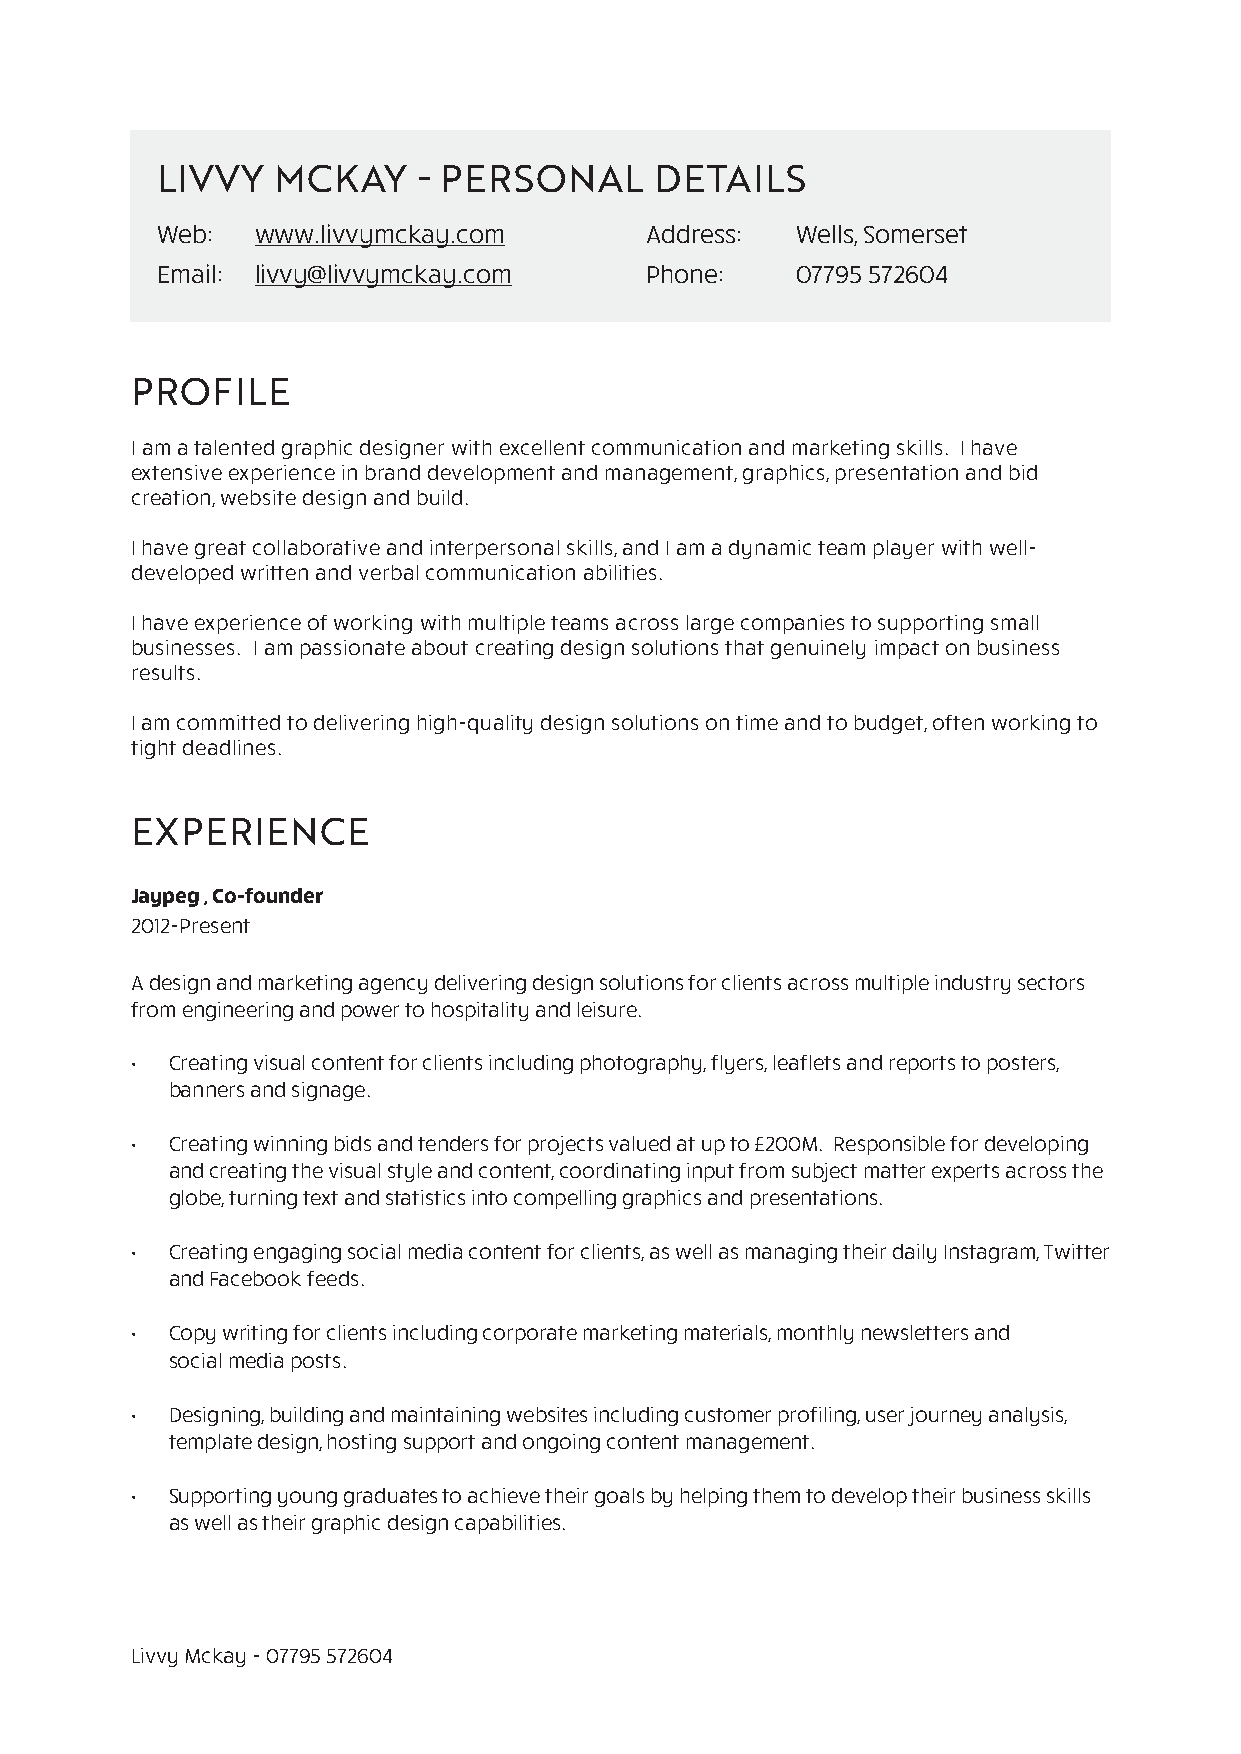
LIVVY   MCKAY     - PERSONAL     DETAILS
 Web:   www.livvymckay.com        Address:  Wells, Somerset
 Email: livvy@livvymckay.com      Phone:    07795 572604
 PROFILE
 I am a talented graphic designer with excellent communication and marketing skills. I have
 extensive experience in brand development and management, graphics, presentation and bid
 creation, website design and build.
 I have great collaborative and interpersonal skills, and I am a dynamic team player with well-
 developed written and verbal communication abilities.
 I have experience of working with multiple teams across large companies to supporting small
 businesses. I am passionate about creating design solutions that genuinely impact on business
 results.
 I am committed to delivering high-quality design solutions on time and to budget, often working to
 tight deadlines.
 EXPERIENCE
 Jaypeg , Co-founder
 2012-Present
 A design and marketing agency delivering design solutions for clients across multiple industry sectors
 from engineering and power to hospitality and leisure.
 • Creating visual content for clients including photography, flyers, leaflets and reports to posters,
 banners and signage.
 • Creating winning bids and tenders for projects valued at up to £200M. Responsible for developing
 and creating the visual style and content, coordinating input from subject matter experts across the
 globe, turning text and statistics into compelling graphics and presentations.
 • Creating engaging social media content for clients, as well as managing their daily Instagram, Twitter
 and Facebook feeds.
 • Copy writing for clients including corporate marketing materials, monthly newsletters and
 social media posts.
 • Designing, building and maintaining websites including customer profiling, user journey analysis,
 template design, hosting support and ongoing content management.
 • Supporting young graduates to achieve their goals by helping them to develop their business skills
 as well as their graphic design capabilities.
 Livvy Mckay - 07795 572604